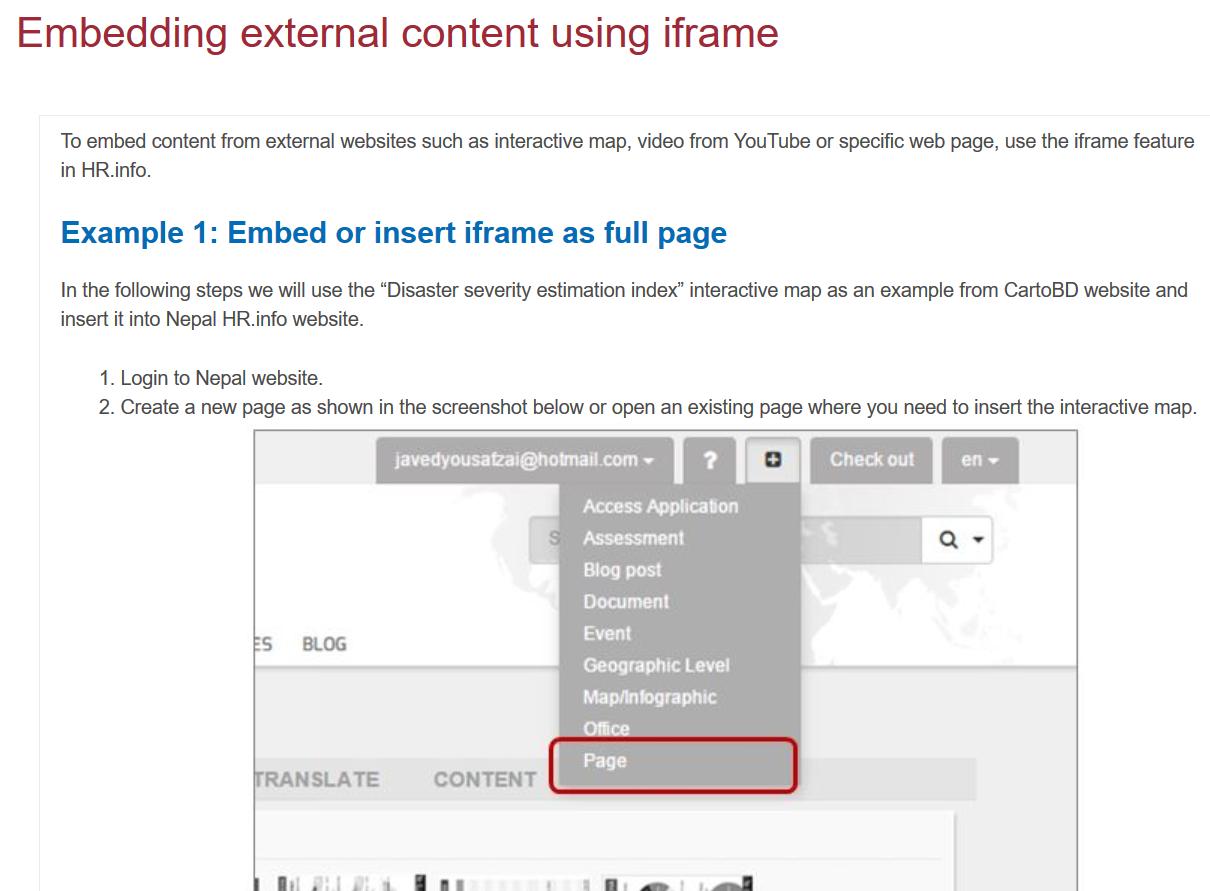
Embedding    external    content    using    iframe
     To embed content from external websites such as interactive map, video from YouTube or specific web page, use the iframe feature
     in HR.info.
     In the following steps we will use the “Disaster severity estimation index” interactive map as an example from CartoBD website and
     insert it into Nepal HR.info website.
     Example    1:  Embed   or  insert    iframe    as  full page
     1. Login to Nepal website.
     2. Create a new page as shown in the screenshot below or open an existing page where you need to insert the interactive map.

     ANSLATE
     javedyousafzai@hotmail.com ~
     CONTENT
     Access Application
     ai)
     Ss
     eis
     Event
     Geographic Level
     Dele    leiles